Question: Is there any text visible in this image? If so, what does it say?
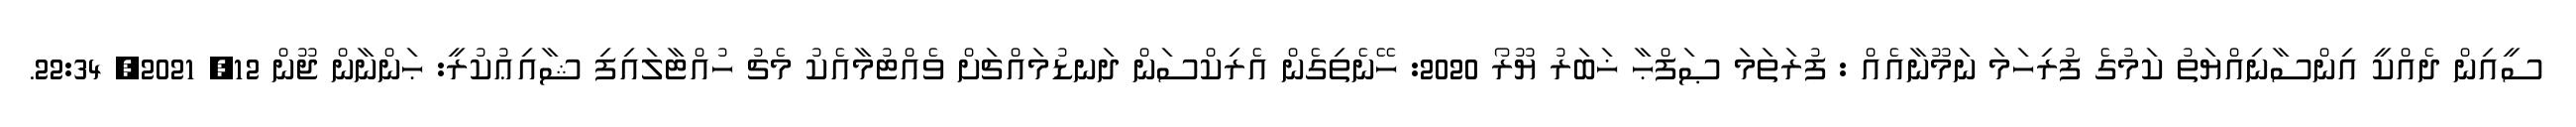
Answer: ސީއިން ދެއްކީ އިންސާނިއްޔަތު ކަމުގެ ފުރިހަމަ ނަމޫނާއެއް : ފުރަތަމަ ޞަފްޙާ ޚަބަރު ޔޫރޯ 2020: ހޭނެތިގެން އެރިކްސަން ދަނޑުމައްޗަށް ވެއްޓުމާއެކު މެޗު ހުއްޓާލައިފި ޝާއިޢުކުރީ: ޙަންނާން ޖޫން 12, 2021, 22:34.